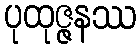
ပုထုဇ္ဇနဿ